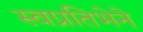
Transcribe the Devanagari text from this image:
स्वप्रतिभेने